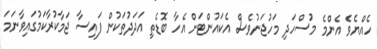
ހެއްޔެވެ އެންމެ މުސްހަދި މަހުޖަނުވެސް އެކައުންޓަށް އެހާ ބޮޑެތި އަދަދުތަކުން ފައިސާ ޖަމާކުރާކަމުގައިވާނަމަ